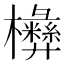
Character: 㰘